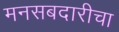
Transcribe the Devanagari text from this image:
मनसबदारीचा